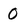
Character: 0